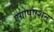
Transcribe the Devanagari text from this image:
एग्रोपुएशन